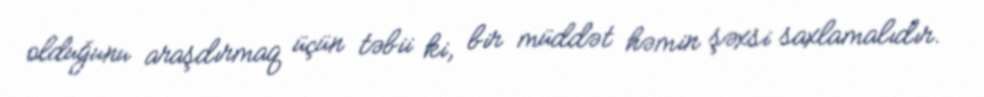
olduğunu araşdırmaq üçün təbii ki, bir müddət həmin şəxsi saxlamalıdır.